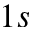
1 s